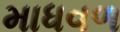
માધવળ